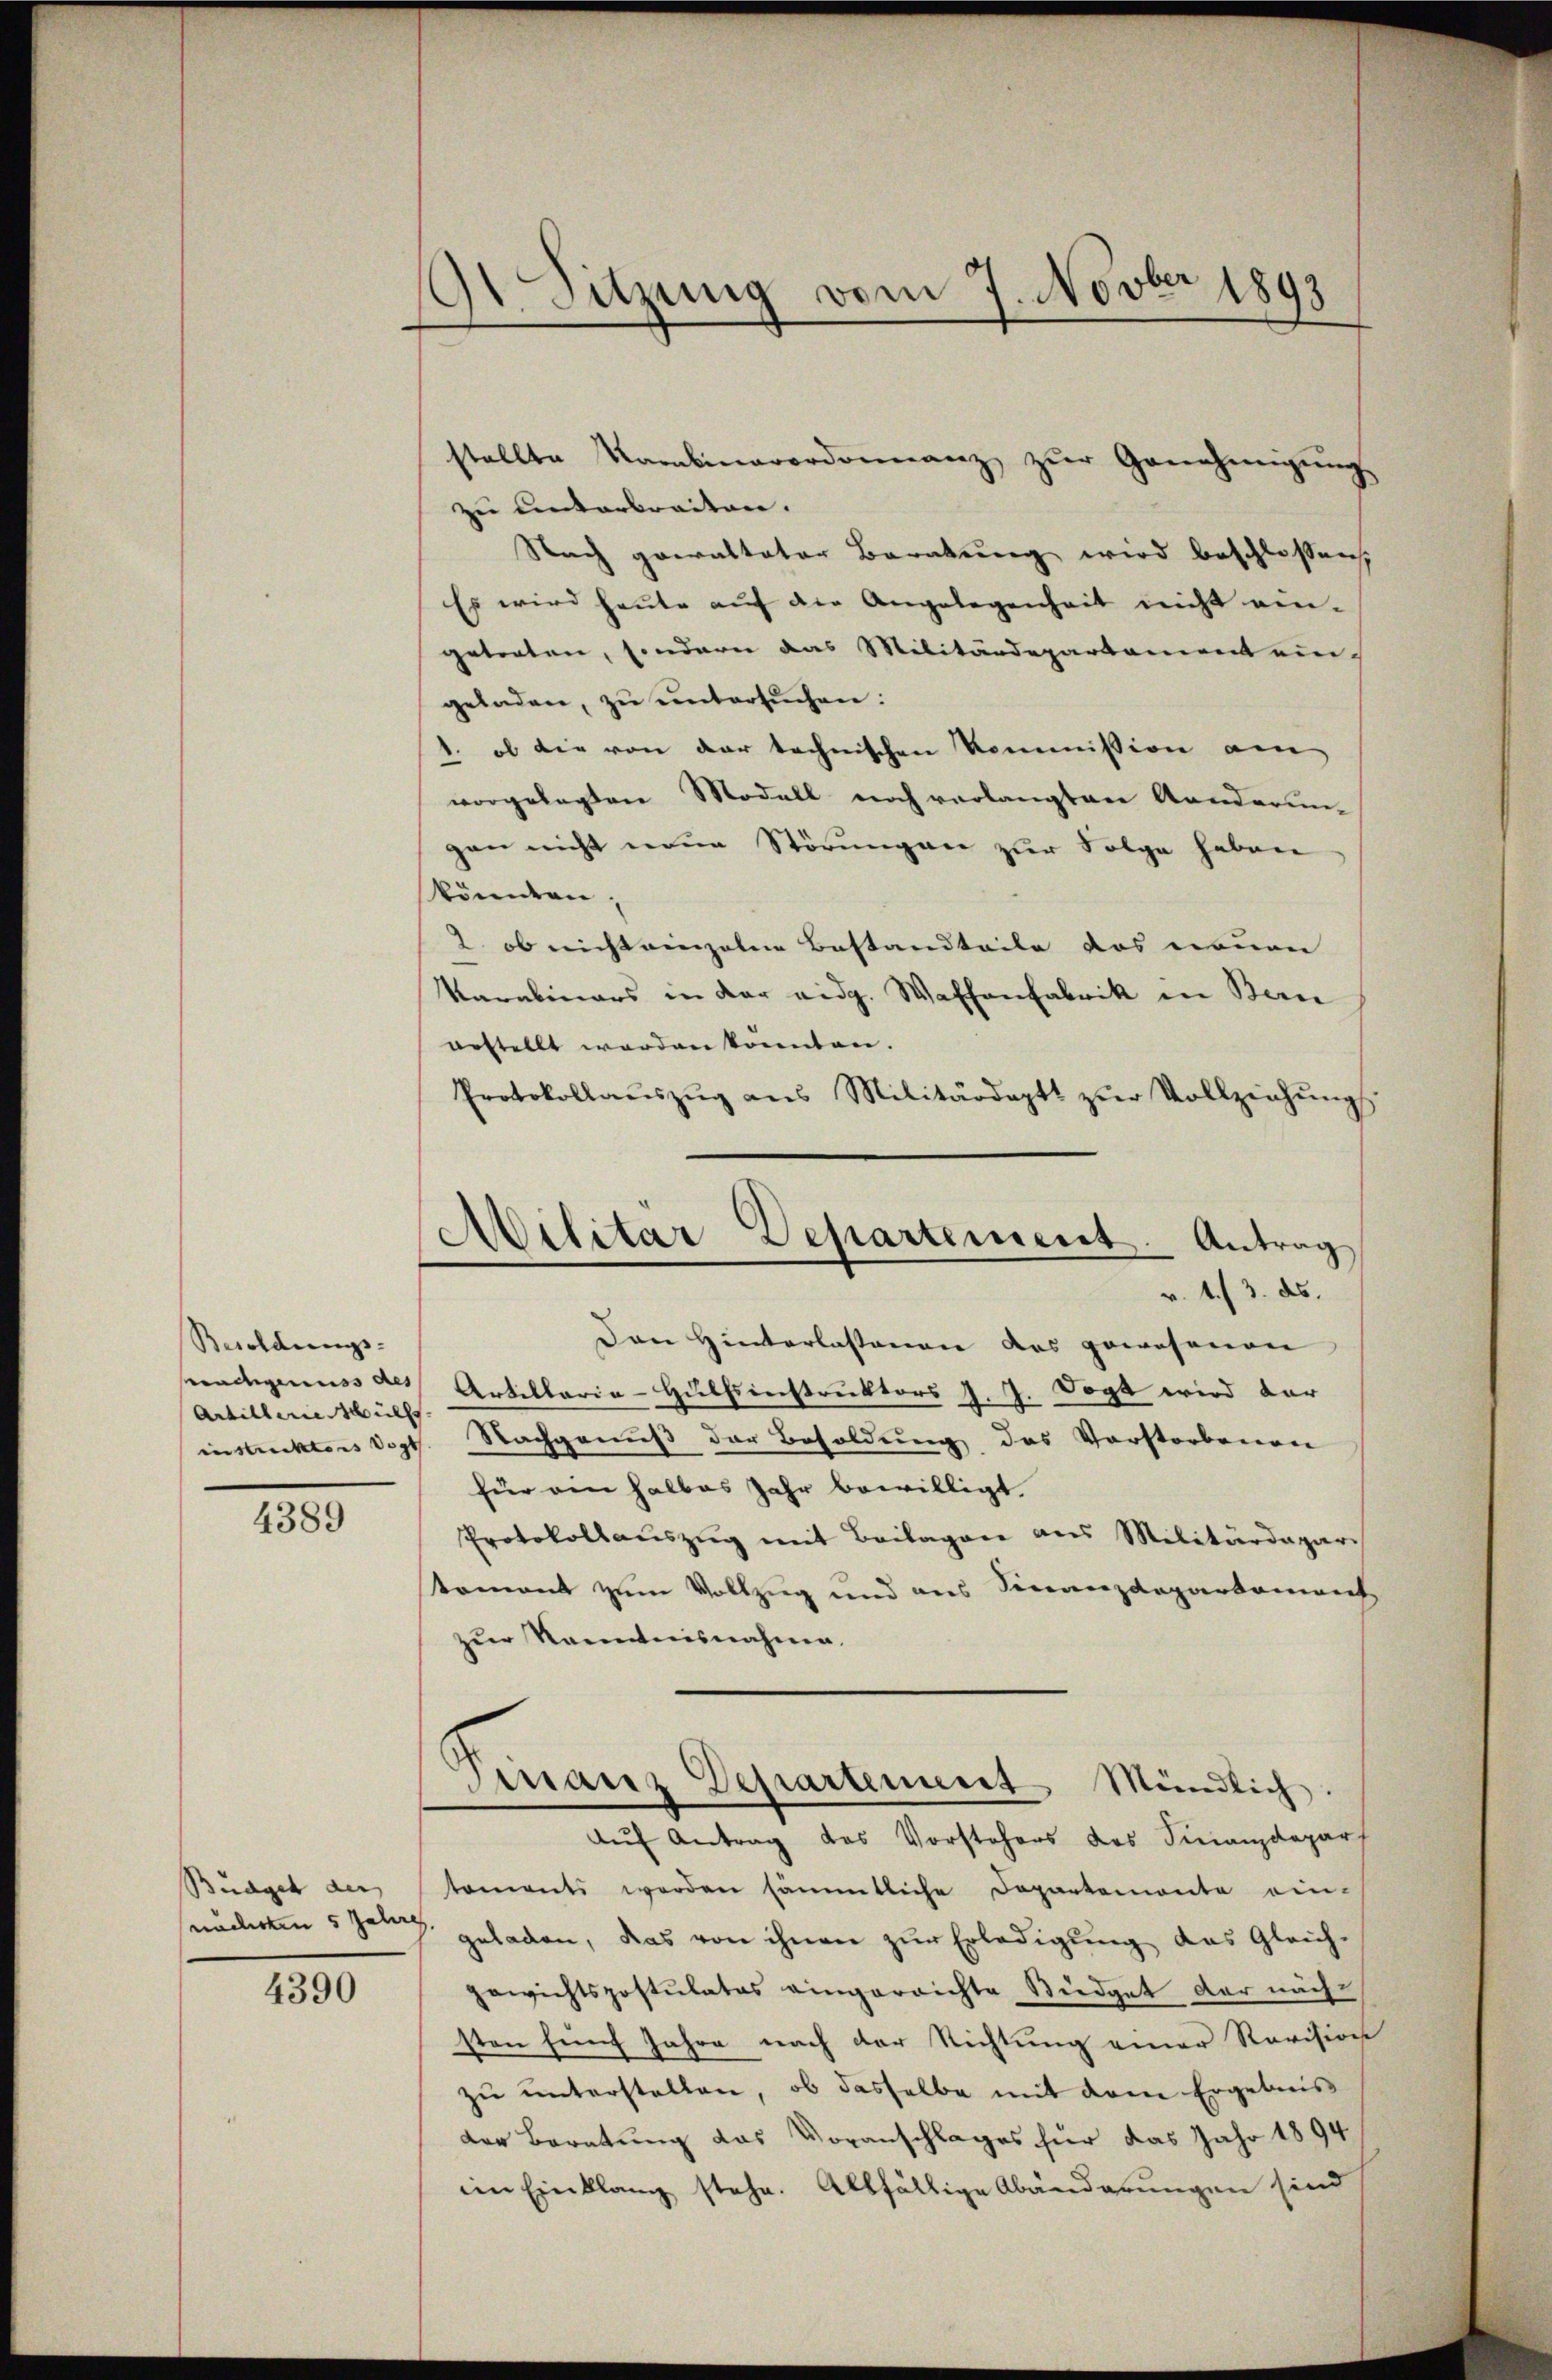
Besoldungs-
prachgenuss des
Artillene Wülf

4389

Budget der

4390

91 Sitzung vom 7. Novber 1893

stellte Kombinarordonnanz zŭr Genehmigŭng
zu unterbreiten. |
Nach gewalteter Beratung wird beschlossen,
Es wird heute auf die Angelegenheit nicht ein-
getreten, sondern das Militärdepartamens ein-
geladen, zu untersuchen:
1. ob die von der technischen Kommission am
vorgelegten Modell noch verlangten Randerungen nicht neue Störungen zur Folge haben
könnten,
2 ob nicht einzelne Bestandteile das neuen
Karabinars in der eidg. Waffenfabrik in Bern
gestellt werden könnten.
Protokollaŭszŭg ans Militärdeptt zŭr Vollziehŭngs

Militar Departement. Antrag
v. 1. 3. ds.

Dan Hinterlassenen das gewesenen
Artillaria-Hulfsinstruktors J. J. Dogt wird dar
instruktors Vogt. Nachgenuß der Besoldung des Vorstorbenen
für ein halbes Jahr bewilligt.
Protokoll aŭszŭg mit Beilagen aus Militärdepar
komant zum Vollzug und aus Finanzdepartement
zur Kenntnisnahme.
Finanz Departement Mündlich.
Auf Antrag des Vorstehers des Finanzdepar
taments werden sämmtliche Departemonte ein-
nnden 5 Peten geladen, das von ihnen zur Erledigung das Gleich-
gewichtspostulates eingerrichte Siedget der nächsten fünf Jahre nach der Richtung einer Revision
zu unterstellen, ob dasselbe mit dem Ergebnis
der Beratung das Voranschlages für das Jahr 1894
im Einklang stehe. Allfällige Abänderungen sind